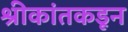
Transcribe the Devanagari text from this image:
श्रीकांतकडून